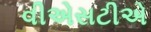
વીએસટીએ